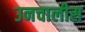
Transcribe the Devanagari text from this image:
उनचालीस